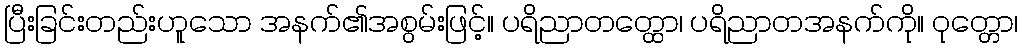
ပြီးခြင်းတည်းဟူသော အနက်၏အစွမ်းဖြင့်။ ပရိညာတတ္ထော၊ ပရိညာတအနက်ကို။ ဝုတ္တော၊